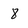
Character: 8